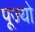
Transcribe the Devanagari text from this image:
पूज्‍यो